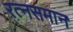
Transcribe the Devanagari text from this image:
रत्‍नसमान